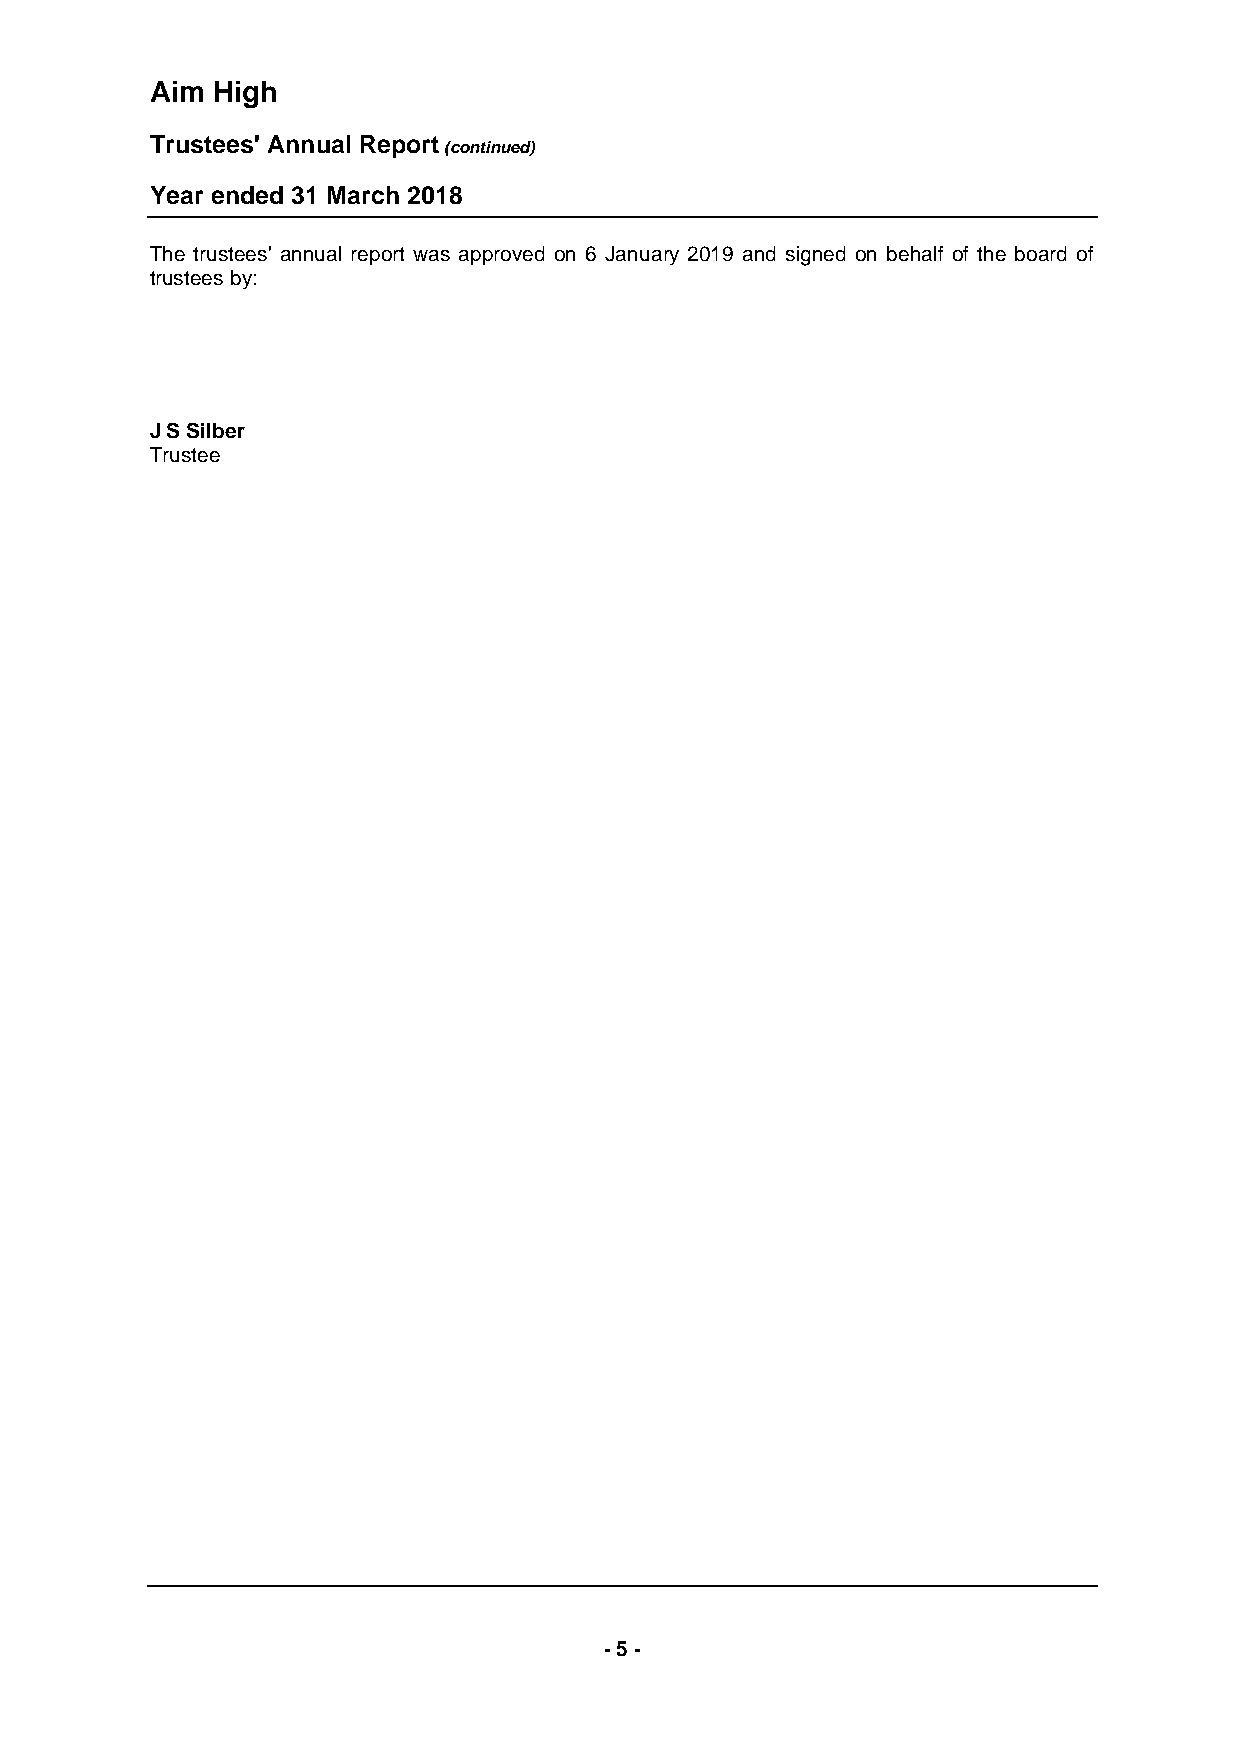
Aim High
 Trustees' Annual Report
 (continued)
 Year ended 31 March 2018
 The trustees' annual report was approved on 6 January 2019 and signed on behalf of the board of
 trustees by:
 J S Silber
 T rustee
 - 5 -